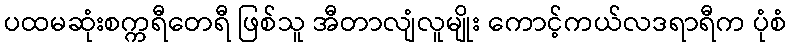
ပထမဆုံးစက္ကရီတေရီ ဖြစ်သူ အီတာလျံလူမျိုး ကောင့်ကယ်လဒရာရီက ပုံစံ